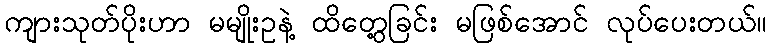
ကျားသုတ်ပိုးဟာ မမျိုးဥနဲ့ ထိတွေ့ခြင်း မဖြစ်အောင် လုပ်ပေးတယ်။